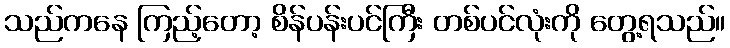
သည်ကနေ ကြည့်တော့ စိန်ပန်းပင်ကြီး တစ်ပင်လုံးကို တွေ့ရသည်။